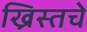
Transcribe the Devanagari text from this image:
ख्रिस्तचे